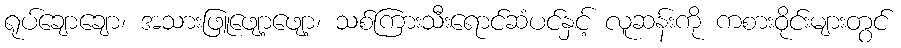
ရုပ်ချောချော၊ အသားဖြူဖျော့ဖျော့၊ သစ်ကြားသီးရောင်ဆံပင်နှင့် လူဆန်းကို ကစားဝိုင်းများတွင်